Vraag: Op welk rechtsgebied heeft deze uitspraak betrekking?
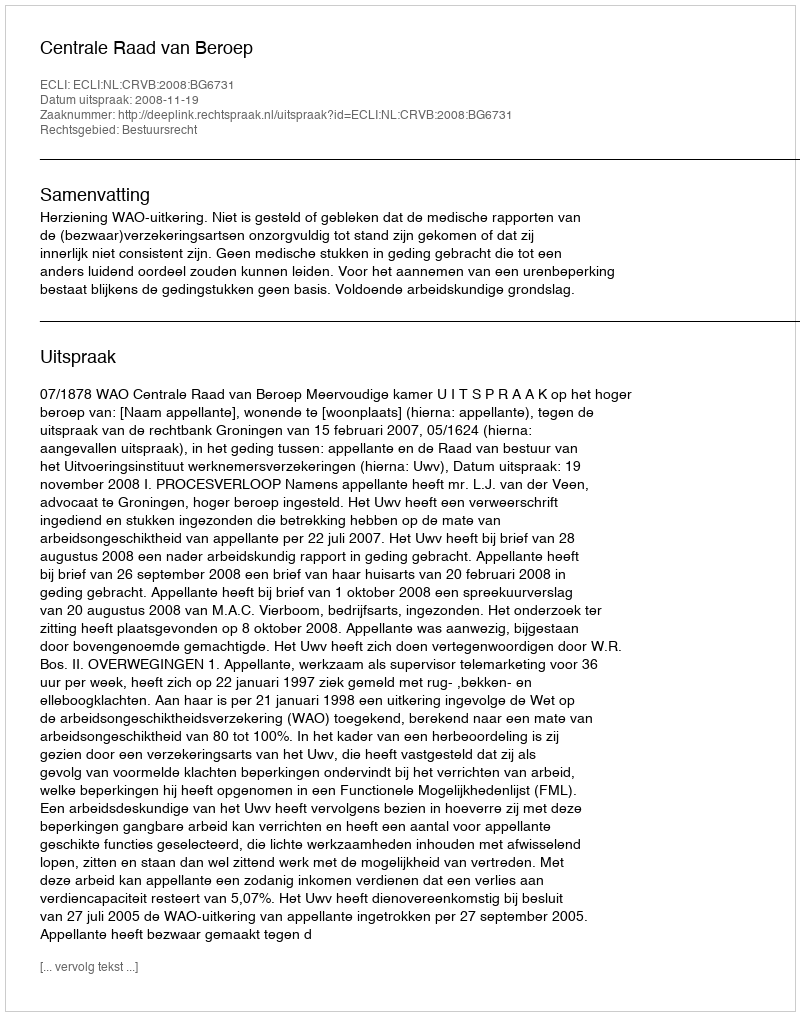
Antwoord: Bestuursrecht